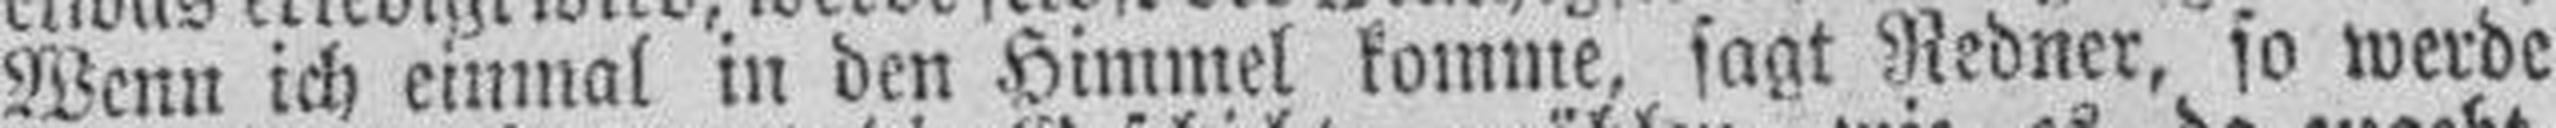
Wenn ich einmal in den Himmel komme, sagt Redner, so werde